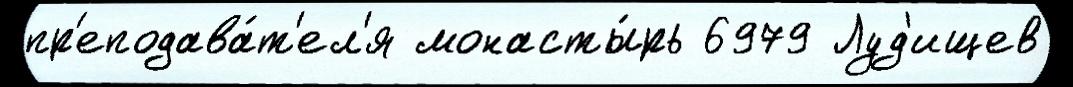
пр'еподава́т'ел'я монасты́рь 6979 Луд'ищев